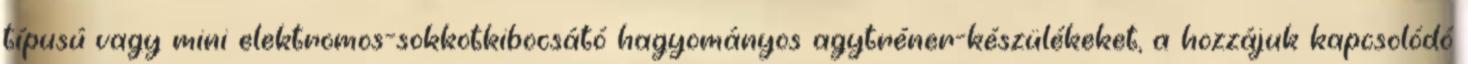
típusú vagy mini elektromos-sokkotkibocsátó hagyományos agytréner-készülékeket, a hozzájuk kapcsolódó